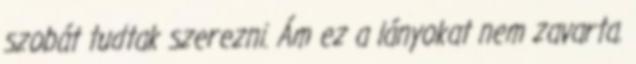
szobát tudtak szerezni. Ám ez a lányokat nem zavarta.